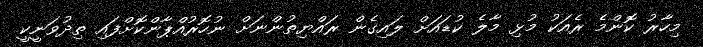
މިހާރު ކޮންމެ ރެއަކު މުޅި މާލެ ކުޑައަށް ލައިގެން ރައްޔިތުންނަށް ނުހޮރުއްޕާންކޮށްފައި ތިދުވަނީކީ